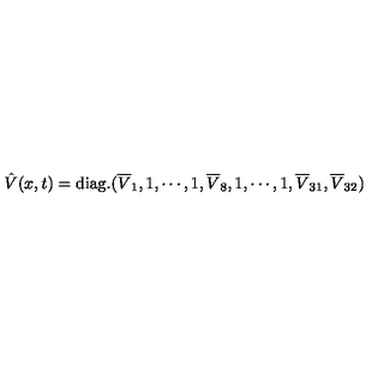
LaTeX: \hat { V } ( x , t ) = \mathrm { d i a g . } ( \overline { { V } } _ { 1 } , 1 , \cdots , 1 , \overline { { V } } _ { 8 } , 1 , \cdots , 1 , \overline { { V } } _ { 3 1 } , \overline { { V } } _ { 3 2 } )